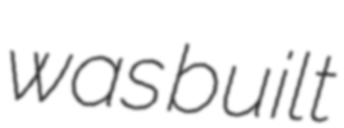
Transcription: was built